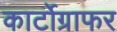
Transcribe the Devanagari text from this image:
कार्टोग्राफर